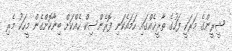
ޝީރީންގެ މަރަކީ ފަހުގެ ތާރީޚެއްގައި ހަމައެކަނި ފޮރެންސިކް ހެއްކަށް ބިނާކޮށްގެން މީހަކު މެރި